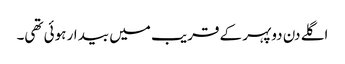
اگلے دن دوپہر کے قریب میں بیدار ہوئی تھی۔